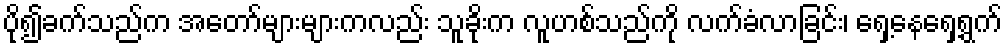
ပို၍ခက်သည်က အတော်များများကလည်း သူခိုးက လူဟစ်သည်ကို လက်ခံလာခြင်း၊ ရှေ့နေရှေ့ရွက်